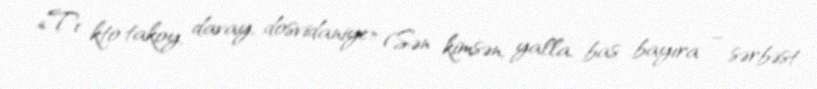
«Tı kto takoy, davay, dosvidaniye» (Sən kimsən, yalla, bas bayıra – sərbəst